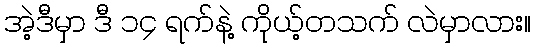
အဲ့ဒီမှာ ဒီ ၁၄ ရက်နဲ့ ကိုယ့်တသက် လဲမှာလား။